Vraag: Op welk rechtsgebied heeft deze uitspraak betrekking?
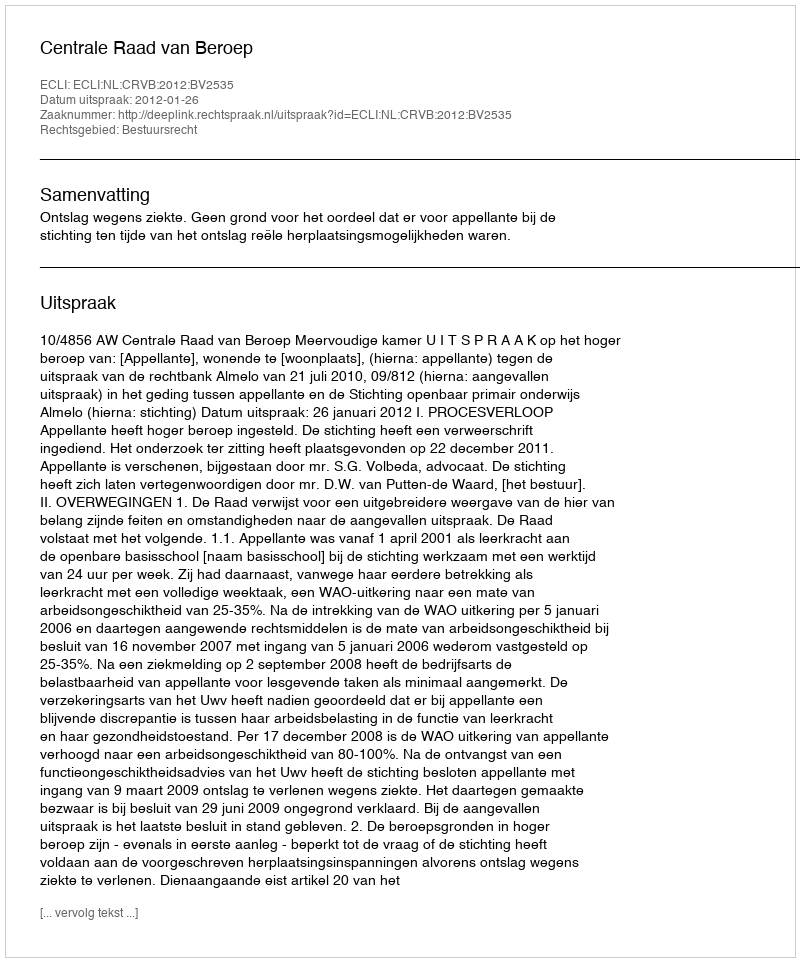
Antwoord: Bestuursrecht